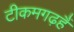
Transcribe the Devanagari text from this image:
टीकमगढ़हैं